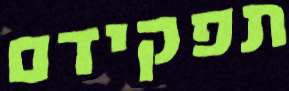
תפקידם